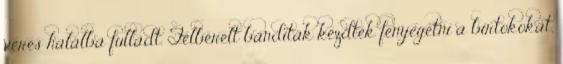
véres halálba fulladt. Felbérelt banditák kezdték fenyegetni a birtokokat,